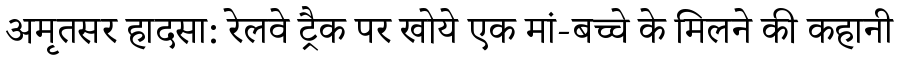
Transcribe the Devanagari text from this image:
अमृतसर हादसा: रेलवे ट्रैक पर खोये एक मां-बच्चे के मिलने की कहानी